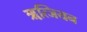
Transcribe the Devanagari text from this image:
ॠत्जियन